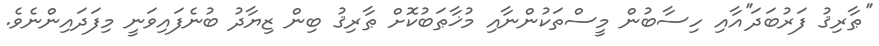
''ޠާރިޤު ފަރުބަދަ''އާއި ހިސާބުން މީސްތަކުންނާއި މުޚާޠަބުކޮށް ޠާރިޤު ބިން ޒިޔާދު ބުނެފައިވަނީ މިފަދައިންނެވެ.